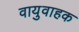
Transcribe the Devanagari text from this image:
वायुवाहक